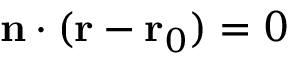
\mathbf { n } \cdot ( \mathbf { r } - \mathbf { r } _ { 0 } ) = 0